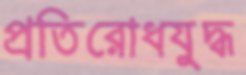
প্রতিরোধযুদ্ধ